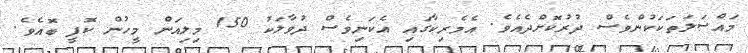
މައްސަލަތަކަކުންވެސް ދުރުކޮށްދެއެވެ. އެމެރިކާގައި އެކަނިވެސް ދުވާލަކު 150 މިލިއަން މީހުން ކޮފީ ބޮއެވެ.